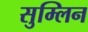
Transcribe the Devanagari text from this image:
सुम्लिन